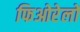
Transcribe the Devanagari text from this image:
फिओरेलों